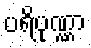
ပရိပုဏ္ဏာ